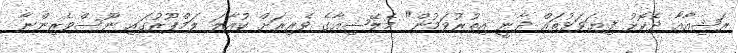
ރަޝިއާއާ ދެކޮޅު ފިޔަވަޅުތައް ދާނީ އިތުރުވަމުން" މެލޭޝިއާގެ ވެރިރަށް ކުއާލަ ލަމްޕޫރުގައި ނޫސްވެރިންނާ